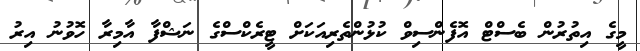
މީގެ އިތުރުން ބެސްޓް އޮފެންސިވް ކުޅުންތެރިއަކަށް ޓީރެކްސްގެ ނަޝްފާ އާމިރާ ހޮވުނު އިރު